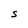
Character: S